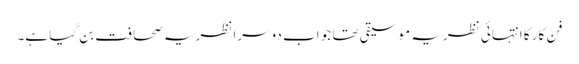
فن کار کا انتہائی نظریہ موسیقی تھا جو اب دوسرا نظریہ صحافت بن گیا ہے۔